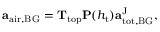
\begin{array} { r } { \mathbf { a } _ { \mathrm { a i r , B G } } = \mathbf { T } _ { \mathrm { t o p } } \mathbf { P } ( h _ { \mathrm { t } } ) \mathbf { a } _ { \mathrm { t o t , B G } } ^ { \mathrm { J } } , } \end{array}